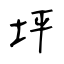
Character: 坪